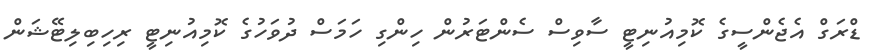
ޑްރަގް އެޖެންސީގެ ކޮމިއުނިޓީ ސާވިސް ސެންޓަރުން ހިންގި ހަމަސް ދުވަހުގެ ކޮމިއުނިޓީ ރިހިބިލިޓޭޝަން